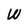
Character: W